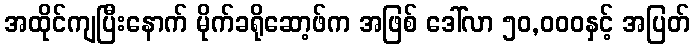
အထိုင်ကျပြီးနောက် မိုက်ခရိုဆော့ဖ်က အဖြစ် ဒေါ်လာ ၅၀,၀၀၀နှင့် အပြတ်